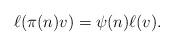
LaTeX: \begin{align*}\ell (\pi(n)v) = \psi(n)\ell(v).\end{align*}